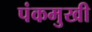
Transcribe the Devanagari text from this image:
पंकमुखी